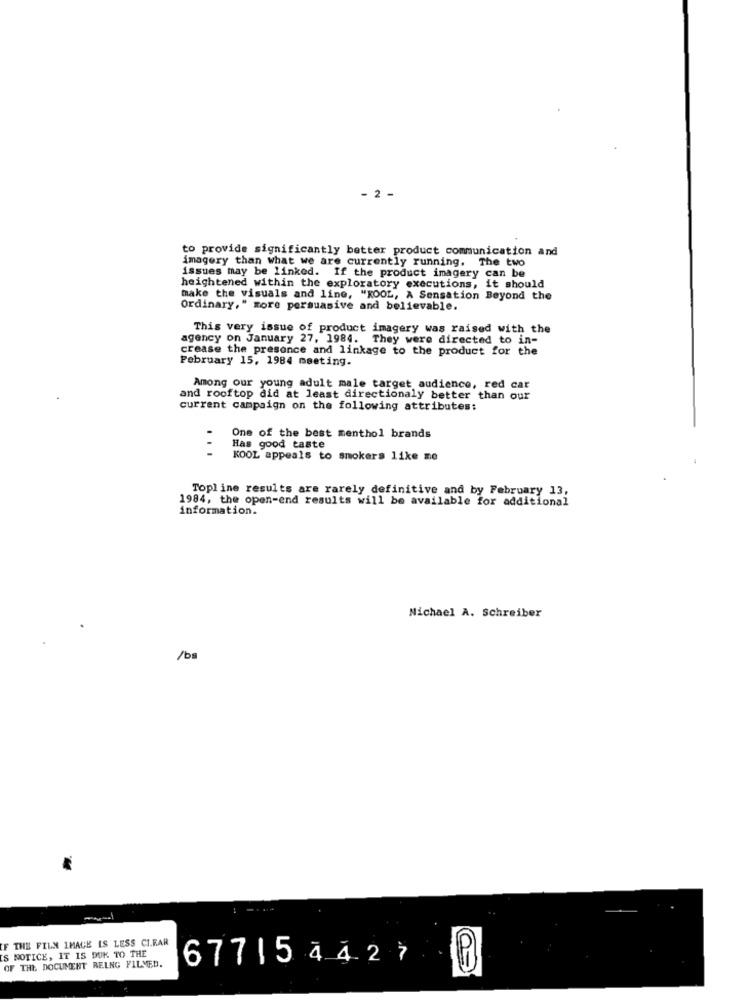
- 2 -
to provide significantly better product communication and
imagery than what we are currently running. The two
issues may be linked. If the product imagery can be
heightened within the exploratory executions, it should
make the visuals and line, "KOOL, A Sensation Beyond the
Ordinary," more persuasive and believable.
This very issue of product imagery was raised with the
agency on January 27, 1984. They were directed to in-
crease the presence and linkage to the product for the
February 15, 1984 meeting.
Among our young adult male target audience, red car
and rooftop did at least directionaly better than our
current campaign on the following attributes:
One of the best menthol brands
...
Has good taste
KOOL appeals to smokers like me
Topline results are rarely definitive and by February 13,
1984, the open-end results will be available for additional
information.
Nichael A. Schreiber
/bs
IF THE FILM IMAGE IS LESS CI.RAR
IS NOTICE, IT IS DUK TO THE
67715 4 4 2 7
OF THE DOCUMENT RELNG FILMED.